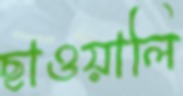
ছাওয়ালি